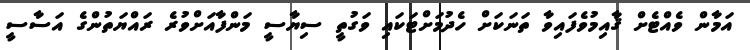
އަމާން ވެއްޓެށް ޤާއިމުވެފައިވާ ތަނަކަށް ހެދުމަށްޓަކައި ވަގުތީ ސިޔާސީ މަންފާއަށްވުރެ ރައްޔަތުންގެ އަސާސީ